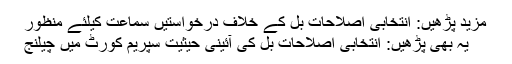
مزید پڑھیں: انتخابی اصلاحات بل کے خلاف درخواستیں سماعت کیلئے منظور
یہ بھی پڑھیں: انتخابی اصلاحات بل کی آئینی حیثیت سپریم کورٹ میں چیلنج